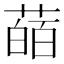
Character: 䔤